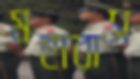
মহারাস